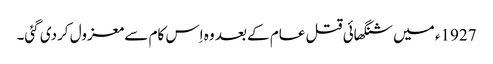
1927ء میں شنگھائی قتل عام کے بعد وہ اِس کام سے معزول کردی گئی۔